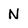
Character: N